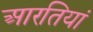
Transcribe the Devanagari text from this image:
आरतियां